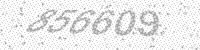
Solution: 856609